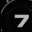
Digit: 7